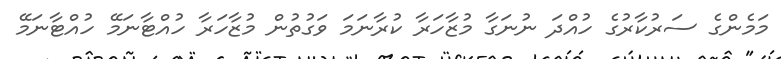
މަމެންގެ ސަރުކާރުގެ ހުއްދަ ނުނަގާ މުޒާހަރާ ކުރާނަމަ ވަގުތުން މުޒާހަރާ ހުއްޓާނަމޭ ހުއްޓާނަމޭ